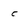
Character: c